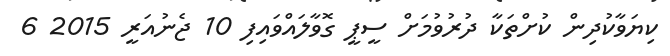
ކިޔަވާކުދިން ކުށްތަކާ ދުރުވުމަށް ސީޕީ ގޮވާލައްވައިފި 10 ޖެނުއަރީ 2015 6